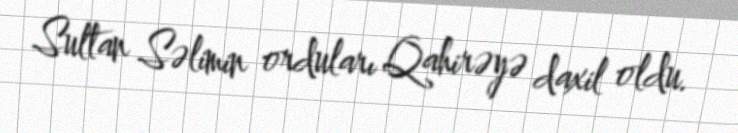
Sultan Səlimin orduları Qahirəyə daxil oldu.